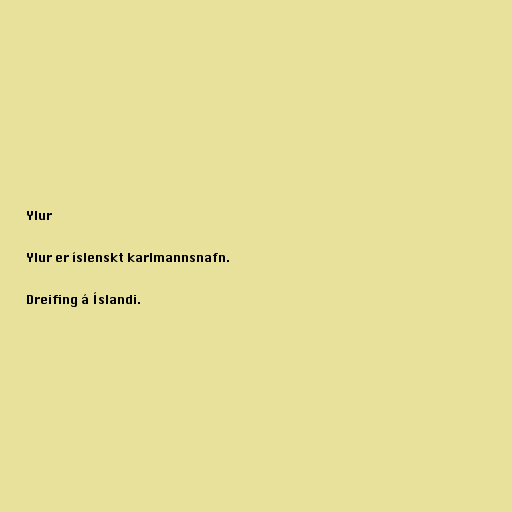
Ylur

Ylur er íslenskt karlmannsnafn.

Dreifing á Íslandi.